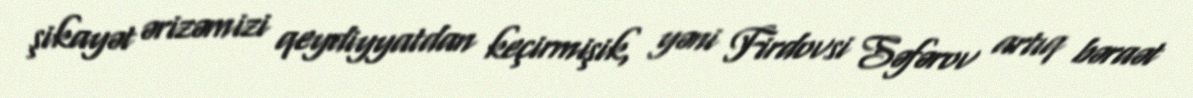
şikayət ərizəmizi qeydiyyatdan keçirmişik, yəni Firdovsi Səfərov artıq bəraət